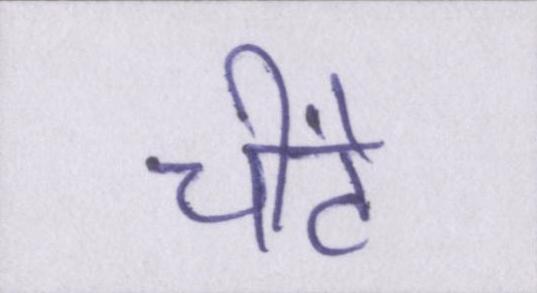
चींटे